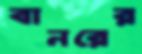
বানরের